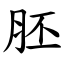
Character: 胚